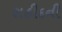
શહીદની